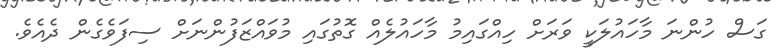
ގަސް ހުންނަ މާހައުލަކީ ވަރަށް ހިއްގައިމު މާހައުލެއް ގޮތުގައި މުވައްޒަފުންނަށް ސިފަވެގެން ދެއެވެ.